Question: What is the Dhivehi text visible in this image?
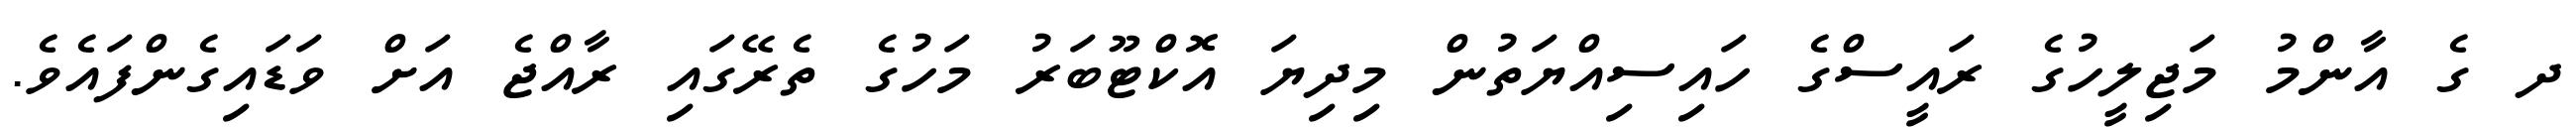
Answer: ދ ގެ އާންމު މަޖިލީހުގެ ރައީސްގެ ހައިސިއްޔަތުން މިދިޔަ އޮކްޓޫބަރު މަހުގެ ތެރޭގައި ރާއްޖެ އަށް ވަޑައިގެންފައެވެ.